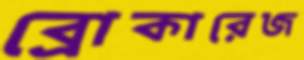
ব্রোকারেজ